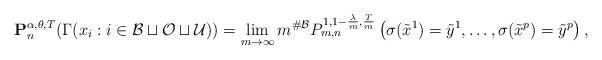
LaTeX: \begin{align*}\mathbf{P}_n^{\alpha,\theta,T} ( \Gamma(x_i : i \in \mathcal{B} \sqcup \mathcal{O} \sqcup \mathcal{U} )) = \lim_{m \to \infty} m^{ \# \mathcal{B} } P^{1,1-\frac{\lambda}{m},\frac{T}{m}}_{m,n} \left( \sigma(\tilde{x}^1) = \tilde{y}^1,\ldots,\sigma(\tilde{x}^p) = \tilde{y}^p \right) ,\end{align*}